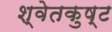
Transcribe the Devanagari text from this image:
श्वेतकुष्ट